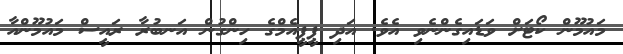
މައުމޫން ކޯޓަށް ވަޑައިގެންނެވި އެވެ. އަދި ޕީޕީއެމްގެ ހިންގުން އަނބުރާ ރައީސް މައުމޫންއާ